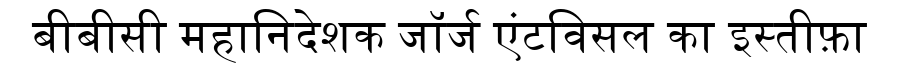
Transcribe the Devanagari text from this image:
बीबीसी महानिदेशक जॉर्ज एंटविसल का इस्तीफ़ा